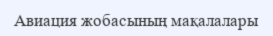
Авиация жобасының мақалалары